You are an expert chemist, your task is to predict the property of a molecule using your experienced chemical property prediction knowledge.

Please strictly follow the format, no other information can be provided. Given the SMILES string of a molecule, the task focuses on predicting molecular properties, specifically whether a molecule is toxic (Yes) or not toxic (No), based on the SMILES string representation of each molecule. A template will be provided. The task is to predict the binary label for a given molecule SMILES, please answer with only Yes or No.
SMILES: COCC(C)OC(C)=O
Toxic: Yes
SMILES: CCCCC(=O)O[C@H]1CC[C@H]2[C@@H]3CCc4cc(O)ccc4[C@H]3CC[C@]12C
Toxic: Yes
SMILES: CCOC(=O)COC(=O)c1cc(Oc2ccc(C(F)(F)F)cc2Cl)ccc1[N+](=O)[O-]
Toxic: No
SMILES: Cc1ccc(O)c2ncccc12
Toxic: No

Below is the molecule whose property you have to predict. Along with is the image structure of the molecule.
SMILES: Cc1ccc2c(Br)cc(Br)c(O)c2n1
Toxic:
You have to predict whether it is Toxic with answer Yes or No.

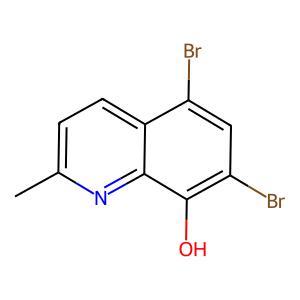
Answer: No